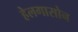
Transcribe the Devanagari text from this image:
हेलगासोन